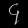
Digit: ၄